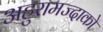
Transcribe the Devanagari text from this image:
अहुरामज्दाको